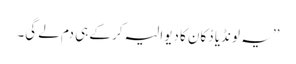
’’ یہ لونڈیا دُکان کا دیوالیہ کر کے ہی دم لے گی۔